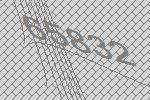
65832